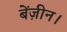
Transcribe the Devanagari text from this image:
बेंज़ीन।